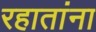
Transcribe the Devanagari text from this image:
रहातांना